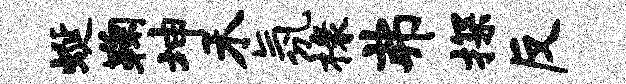
蜒鞠坤禾氛椽弗探反